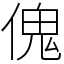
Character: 傀